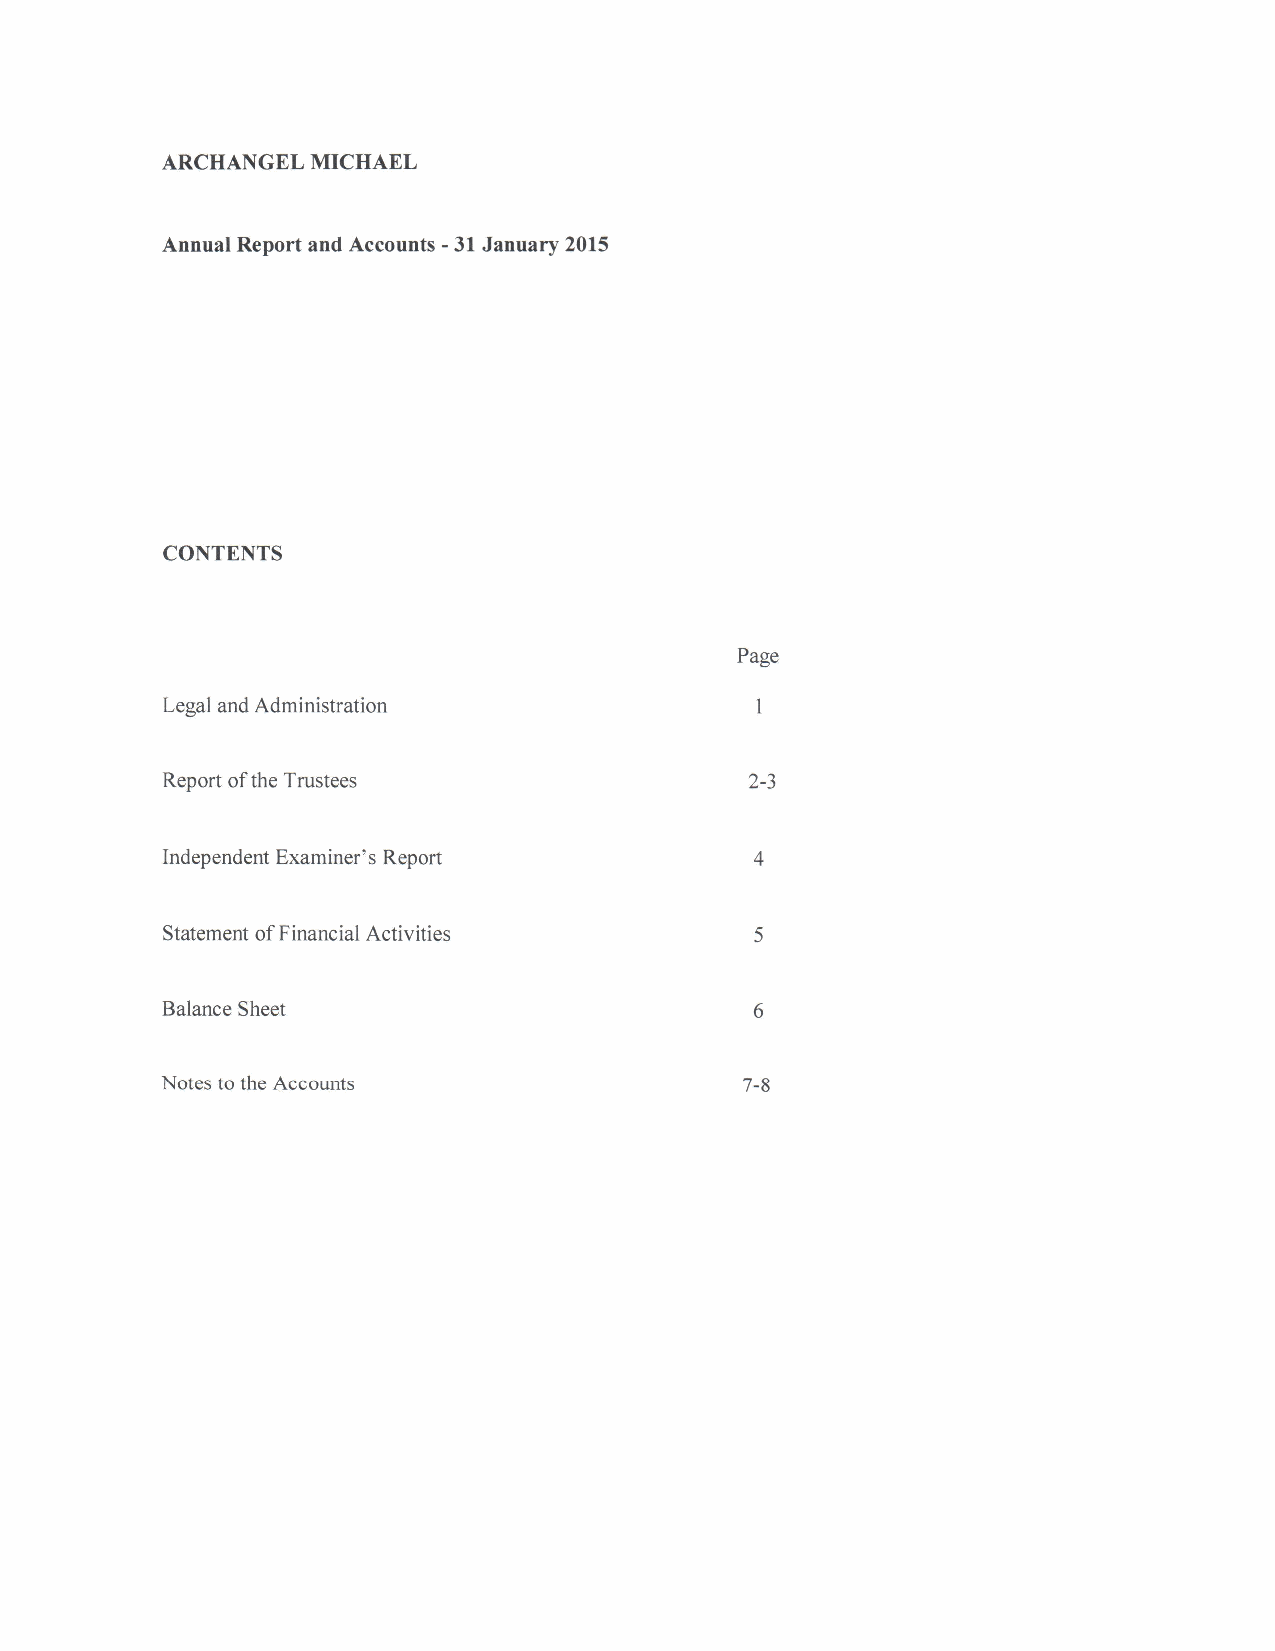
ARCHANGEL MICHAEL
 Annual Report and Accounts -31January 2015
 CONTENTS
 Page
 Legal and Administration
 Report ofthe Trustees                  2-3
 Independent Examiner's Report
 Statement ofFinancial Activities
 Balance Sheet
 Notes to the Accounts                 7-8